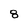
Character: 8